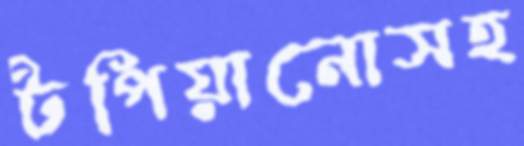
টপিয়ানোসহ